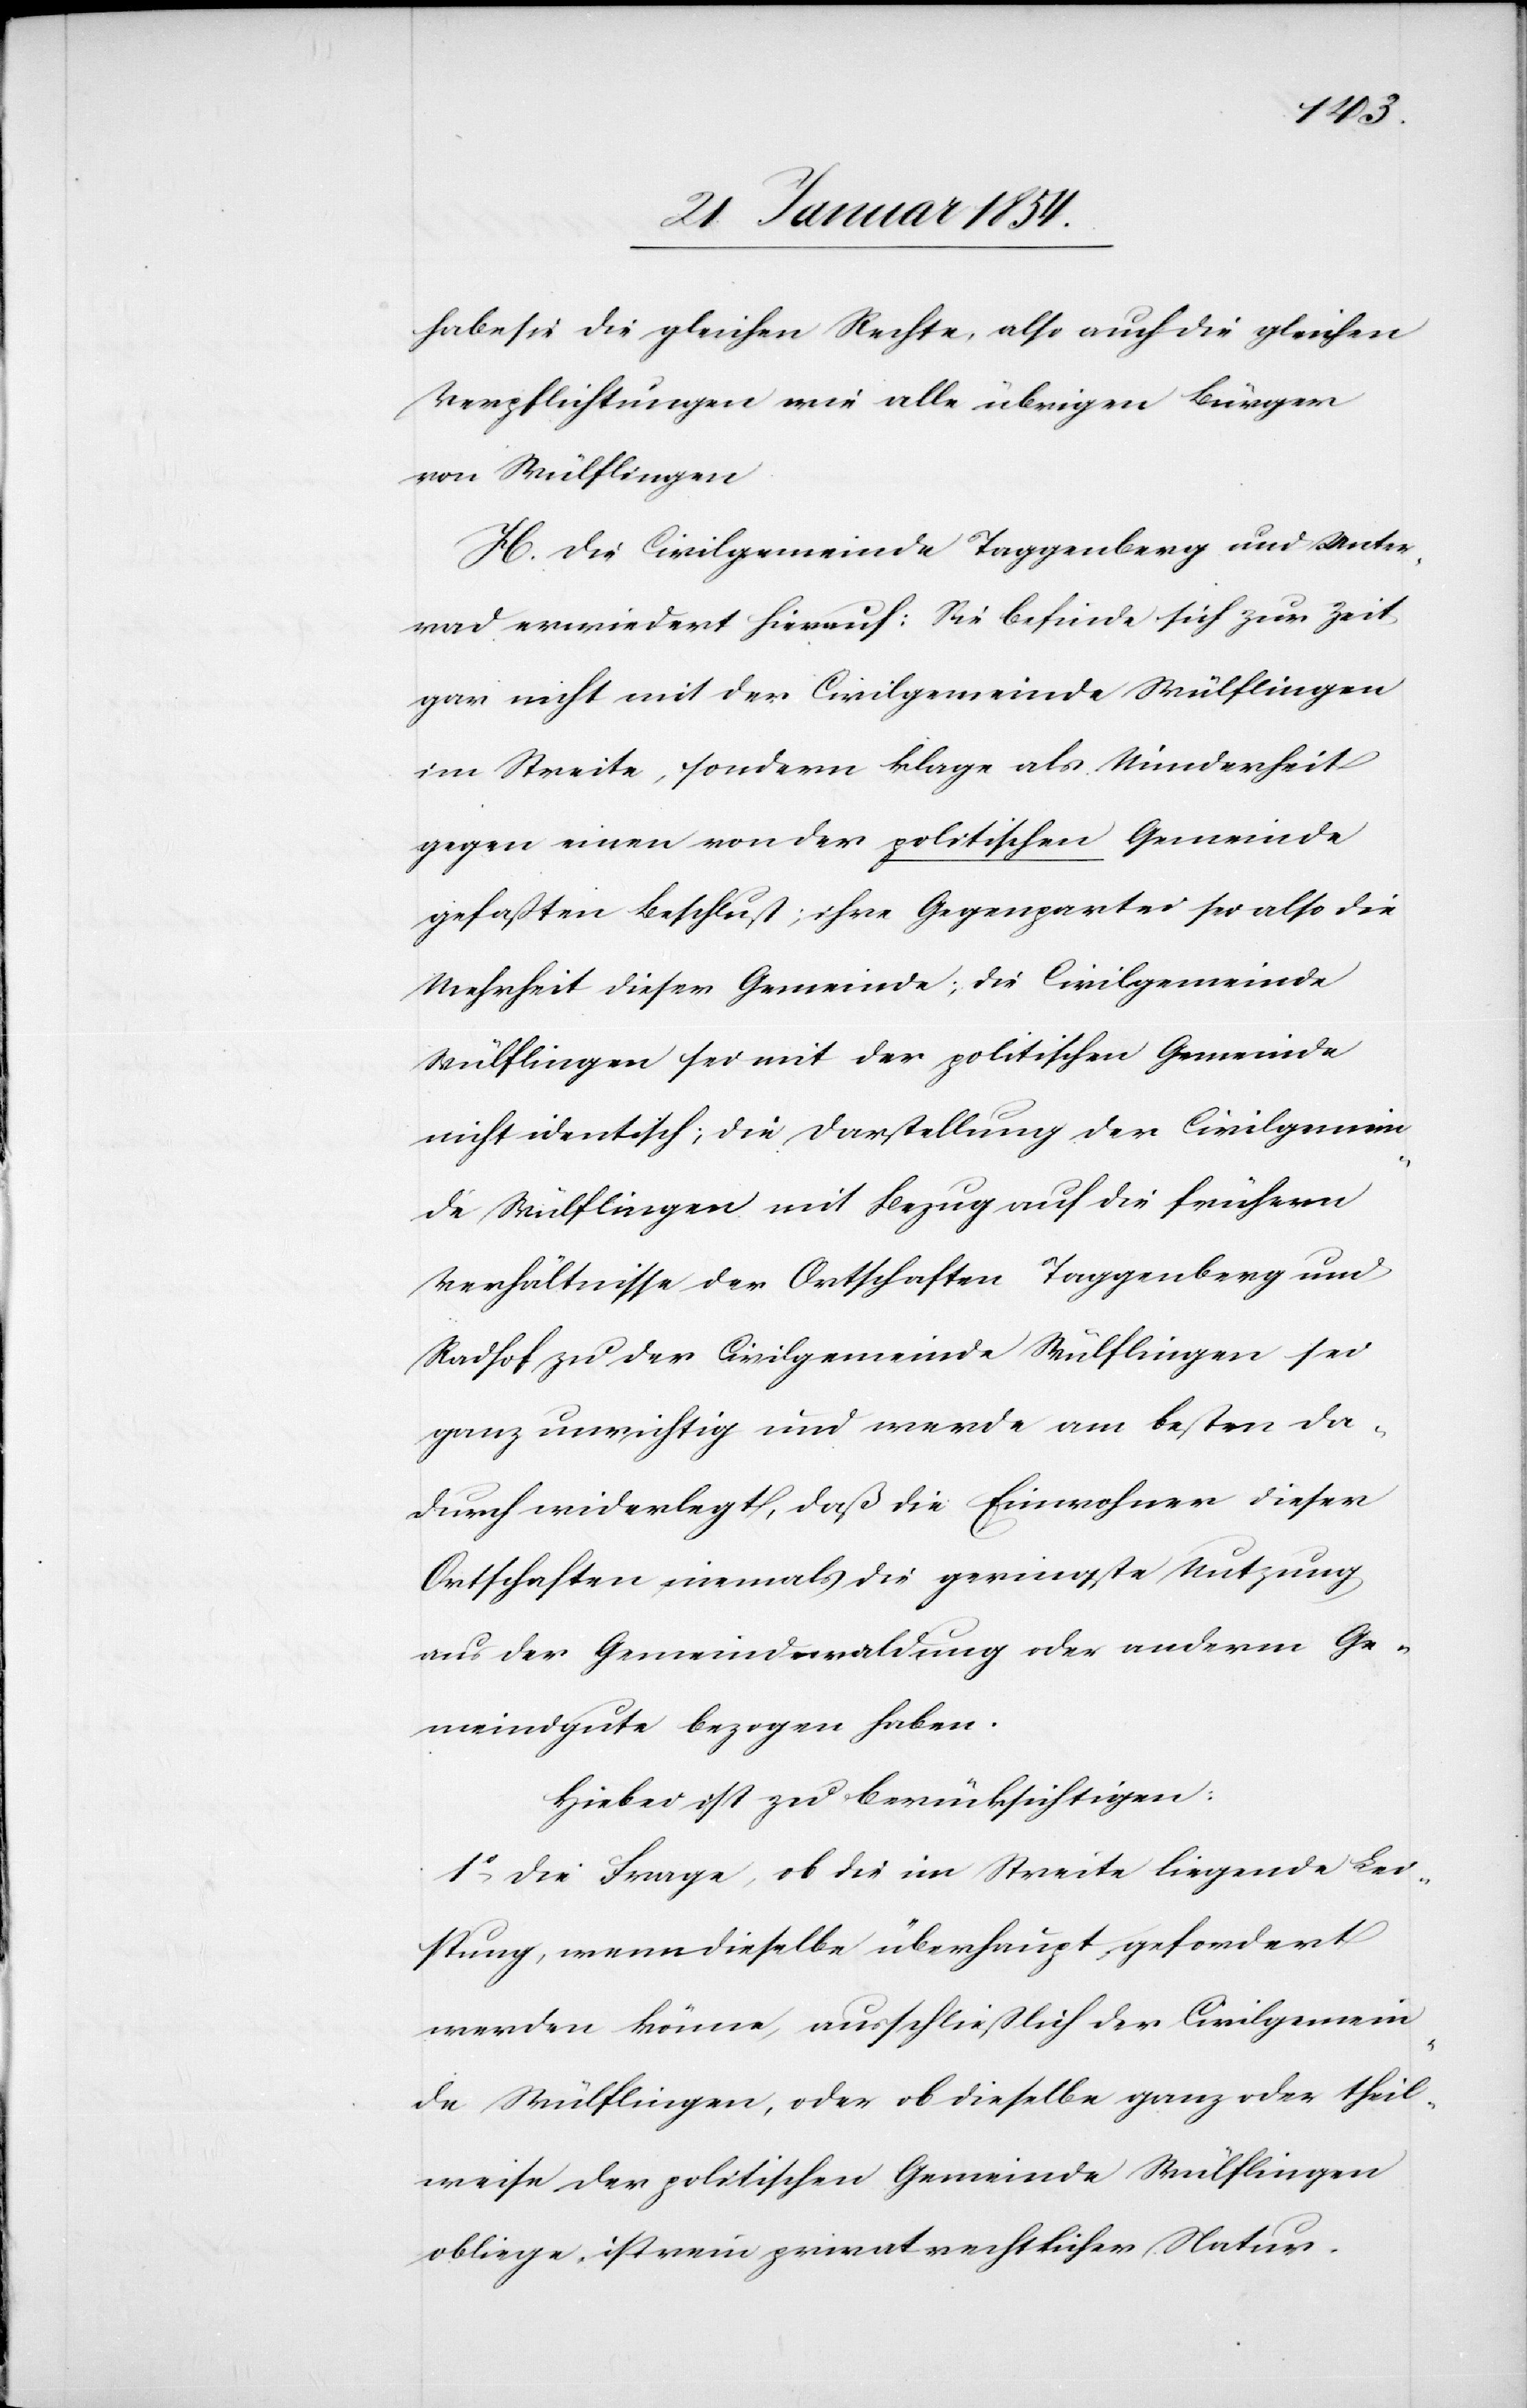
haben sie die gleichen Rechte, also auch die gleichen
Verpflichtungen wie alle übrigen Bürger
von Wülflingen.
H. Die Civilgemeinde Taggenberg und Unter¬
rad erwiedert hierauf: Sie befinde sich zur Zeit
gar nicht mit der Civilgemeinde Wülflingen
im Streite, sondern klage als Minderheit
gegen einen von der politischen Gemeinde
gefaßten Beschluß; ihre Gegenpartei sei also die
Mehrheit dieser Gemeinde; die Civilgemeinde
Wülflingen sei mit der politischen Gemeinde
nicht identisch; die Darstellung der Civilgemein¬
de Wülflingen mit Bezug auf die frühern
Verhältnisse der Ortschaften Taggenberg und
[sic!] zu der Civilgemeinde Wülflingen sei
ganz unrichtig und werde am besten da¬
durch widerlegt, daß die Einwohner dieser
Ortschaften niemals die private Nutzung
aus der Gemeindwaldung oder anderm Ge¬
meindgute bezogen haben.
Hiebei zu berücksichtigen:
1o Die Frage, ob die im Streite liegende Lei¬
stung, wenn dieselbe überhaupt gefordert
werden könne, ausschließlich der Civilgemein¬
de Wülflingen, oder ob dieselbe ganz oder theil¬
weise der politischen Gemeinde Wülflingen
obliege, ist rein privatrechtlicher Natur.